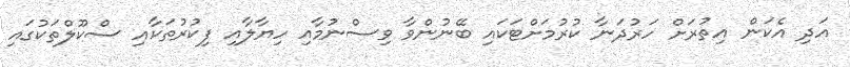
އަދި އެކަން އިތުރަށް ހަރުދަނާ ކުރުމަށްޓަކައި ބޭނުންވާ ވިސްނުމާއި ހިޔާލާއި ފިކުރުތަކާއި ސްކޫލްތަކުގައި